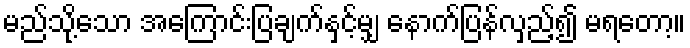
မည်သို့သော အကြောင်းပြချက်နှင့်မျှ နောက်ပြန်လှည့်၍ မရတော့။